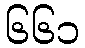
၆၆၁